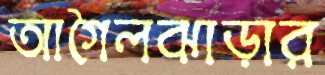
আগৈলঝাড়ার